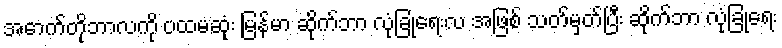
အောက်တိုဘာလကို ပထမဆုံး မြန်မာ ဆိုက်ဘာ လုံခြုံရေးလ အဖြစ် သတ်မှတ်ပြီး ဆိုက်ဘာ လုံခြုံရေး